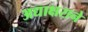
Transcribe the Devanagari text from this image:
अद्याक्षराने